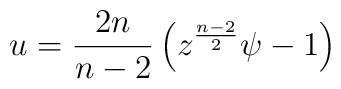
u={{2n}\over{n-2}}\left(z^{{n-2}\over 2}\psi-1\right)